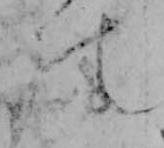
の